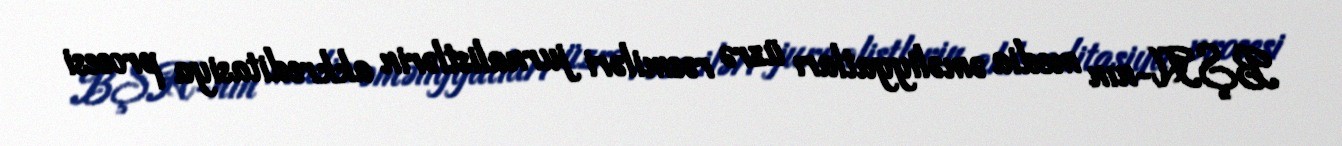
BŞH-nın media əməliyyatları üzrə rəsmiləri jurnalistlərin akkreditasiya prosesi